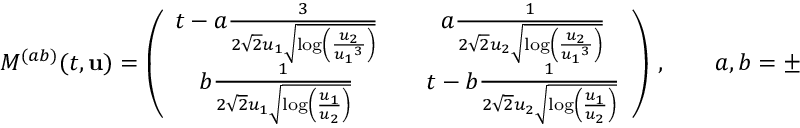
M ^ { ( a b ) } ( t , { \mathbf { u } } ) = \left( \begin{array} { c c c } { t - a \frac { 3 } { 2 \sqrt { 2 } { u _ { 1 } } \sqrt { \log \left( \frac { { u _ { 2 } } } { { u _ { 1 } } ^ { 3 } } \right) } } } & & { a \frac { 1 } { 2 \sqrt { 2 } { u _ { 2 } } \sqrt { \log \left( \frac { { u _ { 2 } } } { { u _ { 1 } } ^ { 3 } } \right) } } } \\ { b \frac { 1 } { 2 \sqrt { 2 } { u _ { 1 } } \sqrt { \log \left( \frac { { u _ { 1 } } } { { u _ { 2 } } } \right) } } } & & { t - b \frac { 1 } { 2 \sqrt { 2 } { u _ { 2 } } \sqrt { \log \left( \frac { { u _ { 1 } } } { { u _ { 2 } } } \right) } } } \end{array} \right) \, , \qquad a , b = \pm